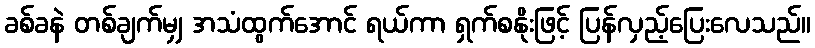
ခစ်ခနဲ တစ်ချက်မျှ အသံထွက်အောင် ရယ်ကာ ရှက်စနိုးဖြင့် ပြန်လှည့်ပြေးလေသည်။